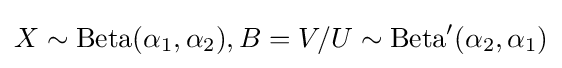
X\sim \mathrm {Beta} (\alpha _{1},\alpha _{2}),B=V/U\sim \mathrm {Beta} '(\alpha _{2},\alpha _{1})